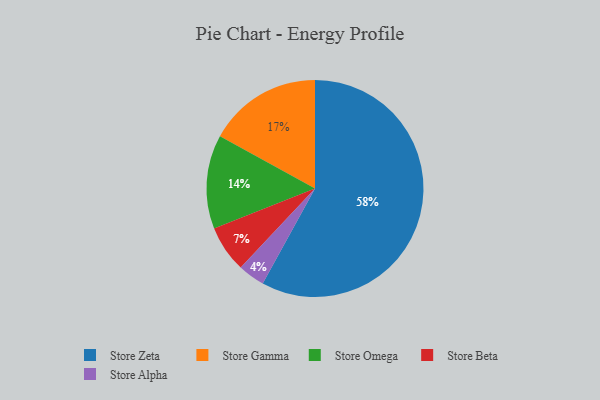
{"axis": {"x": "Category", "y": "Percentage"}, "legend": ["Store Alpha", "Store Beta", "Store Gamma", "Store Omega", "Store Zeta"], "data": [{"x": "Store Gamma", "y": 17, "type": "Store Gamma"}, {"x": "Store Alpha", "y": 4, "type": "Store Alpha"}, {"x": "Store Zeta", "y": 58, "type": "Store Zeta"}, {"x": "Store Omega", "y": 14, "type": "Store Omega"}, {"x": "Store Beta", "y": 7, "type": "Store Beta"}]}